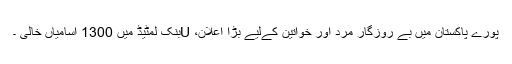
پورے پاکستان میں بے روزگار مرد اور خواتین کےلیے بڑا اعلان، Uبنک لمٹیڈ میں 1300 اسامیاں خالی ۔